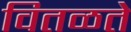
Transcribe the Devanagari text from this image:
वितळते